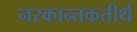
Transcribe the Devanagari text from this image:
नरकान्तकतीर्थ